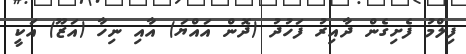
ފިލްމު ފެށިގެން ދާއިރު ފަހުދު (ދޮން އައްޔަ) އާއި ނިހާ (އަޒޫ) އަކީ